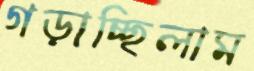
গড়াচ্ছিলাম